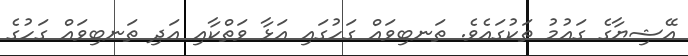
އޭޝިޔާގެ ގައުމު ތަކުގައެވެ. ތަނބިވައް ގަހުގައި އަޅާ ވަތްކާއި އަދި ތަނބިވައް ގަހުގެ